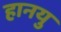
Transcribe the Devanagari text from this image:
हानयु